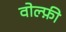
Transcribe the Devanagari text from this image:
वोल्फ़ी